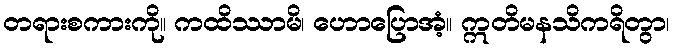
တရားစကားကို။ ကထိဿာမိ၊ ဟောပြောအံ့။ ဣတိမနသိကရိတွာ၊